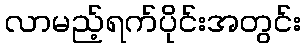
လာမည့်ရက်ပိုင်းအတွင်း